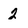
Character: 2